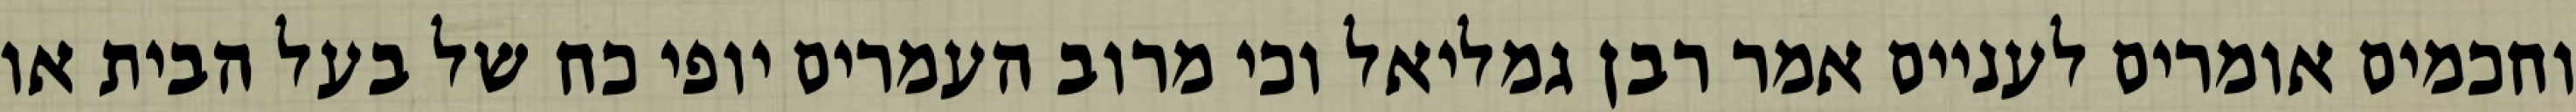
וחכמים אומרים לעניים אמר רבן גמליאל וכי מרוב העמרים יופי כח של בעל הבית או